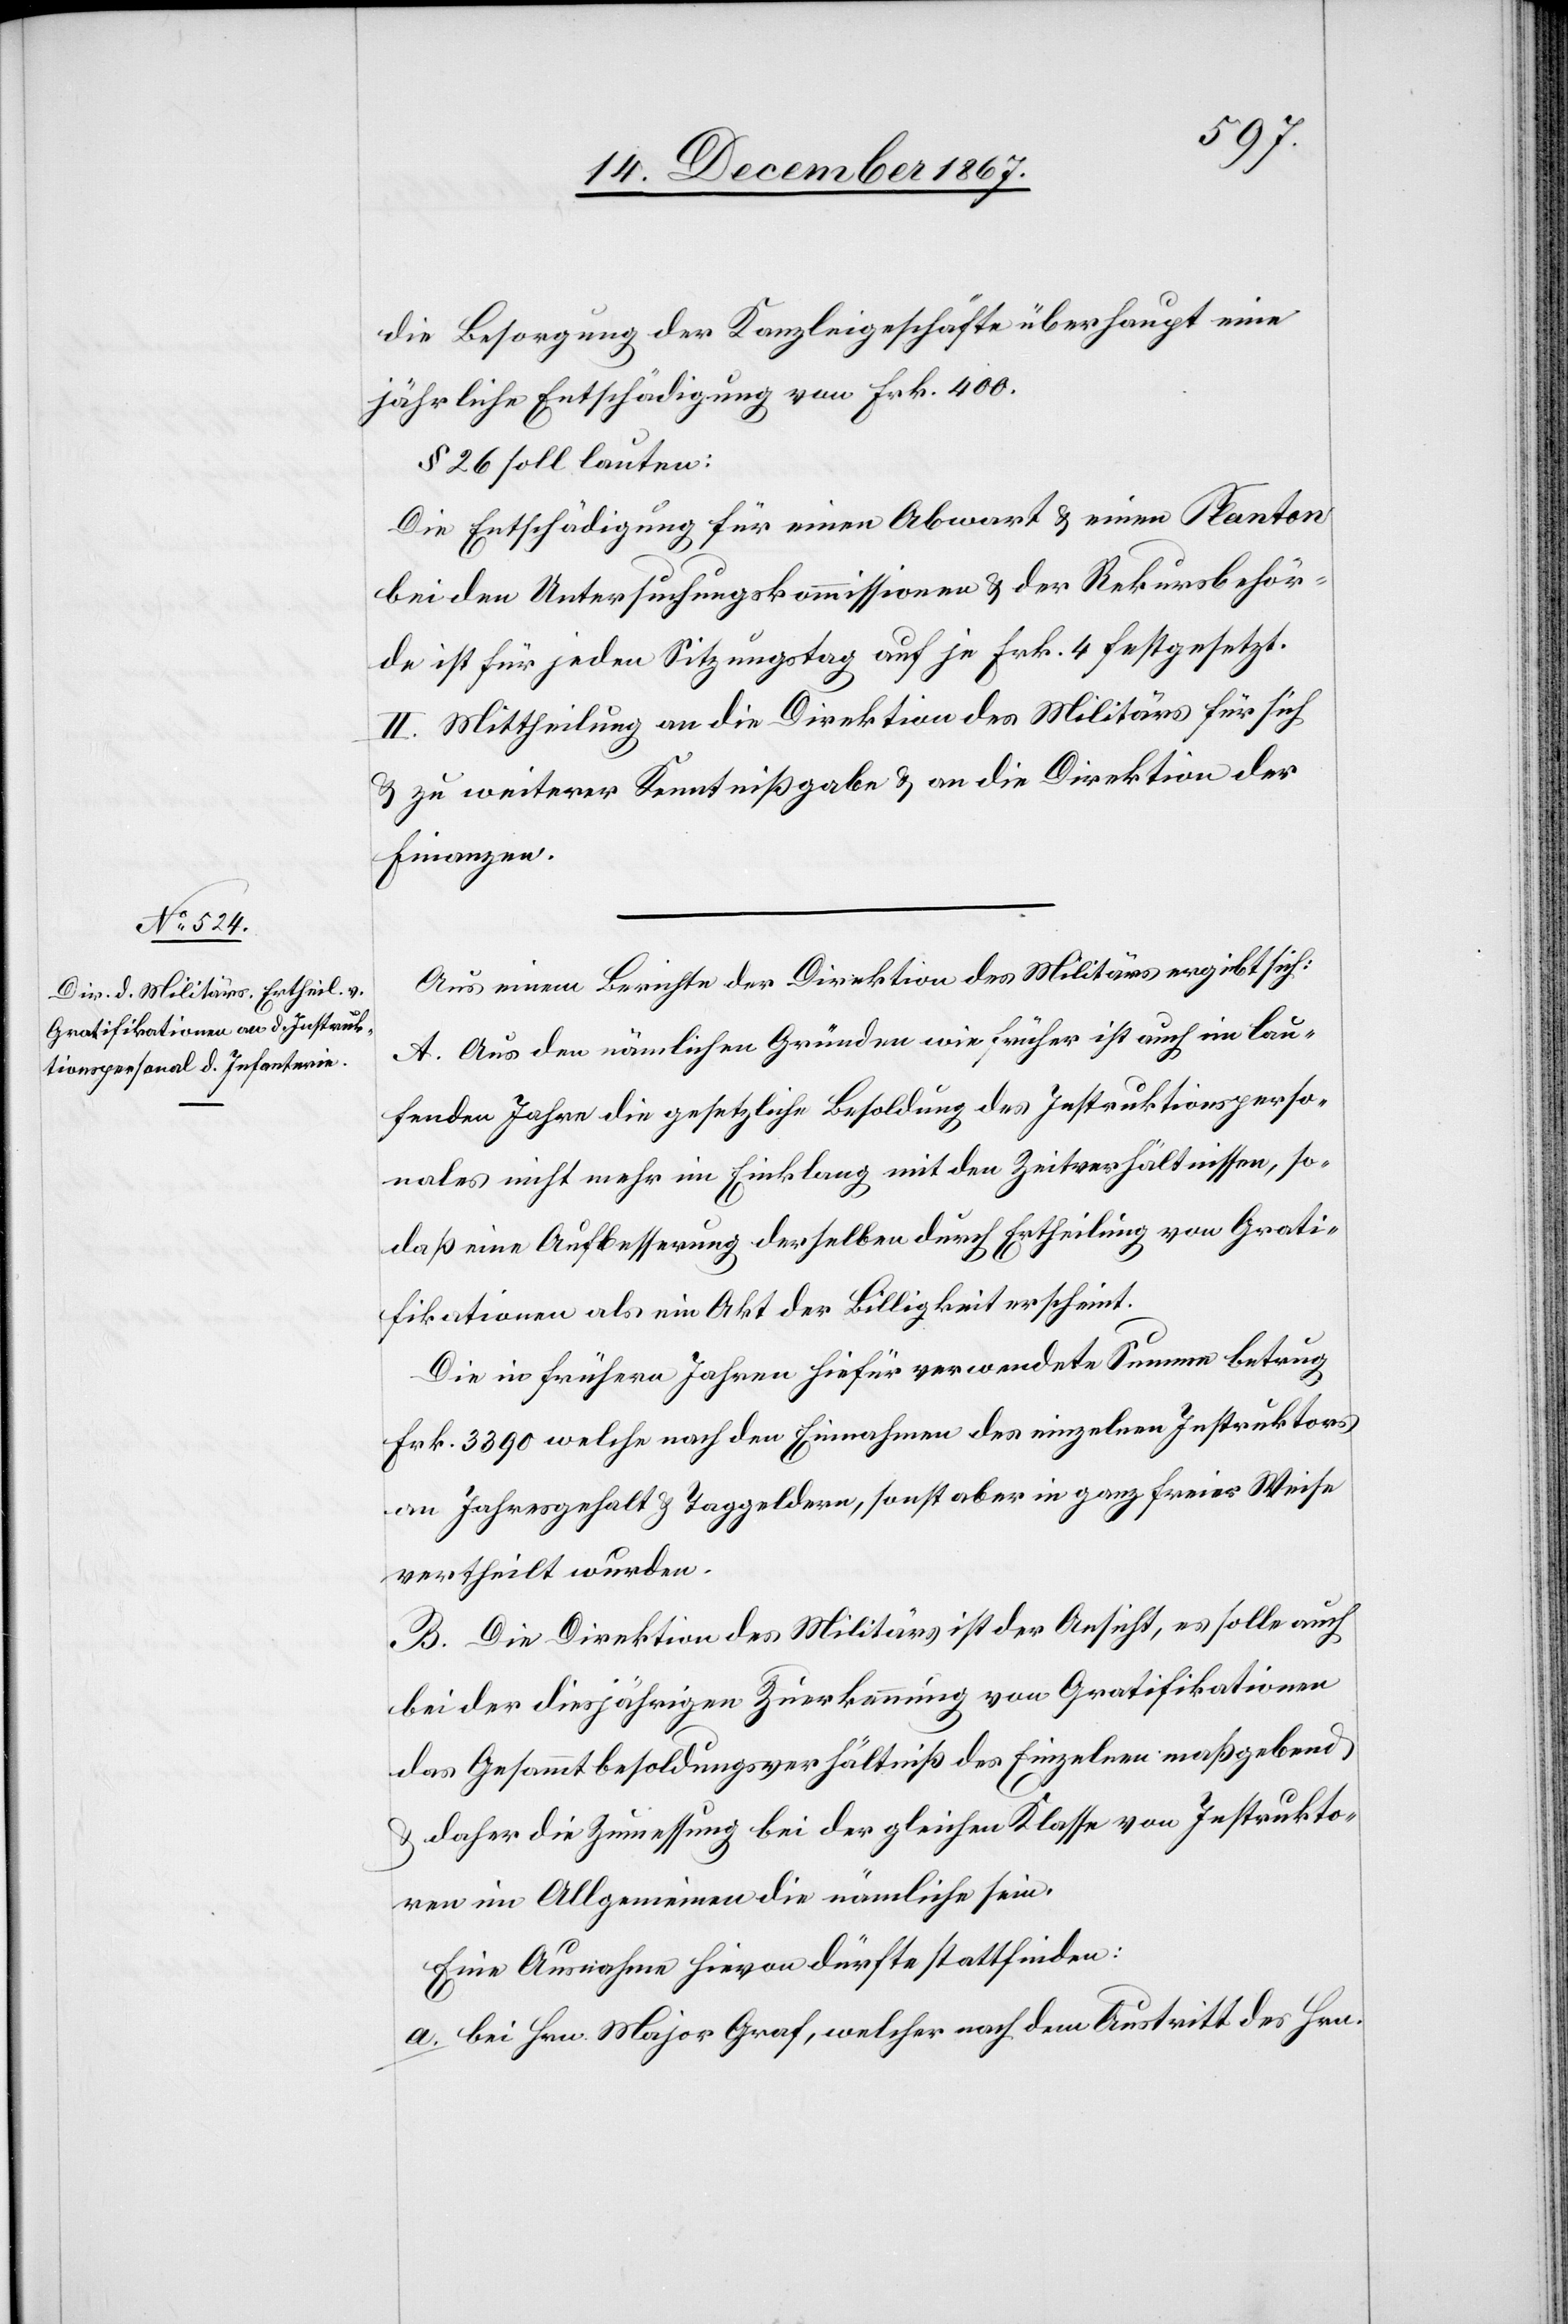
die Besorgung der Kanzleigeschäfte überhaupt eine
jährliche Entschädigung von Frk. 400.
§ 26 soll lauten:
Die Entschädigung für einen Abwart u. einen Planton
bei den Untersuchungskommissionen u. der Rekursbehör¬
de ist für jeden Sitzungstag auf je Frk. 4 festgesetzt.
II. Mittheilung an die Direktion des Militärs für sich
u. zu weiterer Kenntnißgabe u. an die Direktion der
Finanzen.
Aus einem Berichte der Direktion des Militärs ergibt sich:
A. Aus den nämlichen Gründen wie früher ist auch im lau¬
fenden Jahre die gesetzliche Besoldung des Instruktionsperso¬
nales nicht mehr im Einklang mit den Zeitverhältnissen, so¬
daß eine Aufbesserung derselben durch Ertheilung von Grati¬
fikationen als ein Akt der Billigkeit erscheint.
Die in frühern Jahren hiefür verwendete Summe betrug
Frk. 3390 welche nach den Einnahmen des einzelnen Instruktors
an Jahresgehalt u. Taggeldern, sonst aber in ganz freier Weise
vertheilt wurden.
B. Die Direktion des Militärs ist der Ansicht, es solle auch
bei der diesjährigen Zuerkennung von Gratifikationen
das Gesammtbesoldungsverhältniß des Einzelnen maßgebend
daher die Zumessung bei der gleichen Klasse von Instrukto¬
ren im Allgemeinen die nämliche sein.
Eine Ausnahme hievon dürfte stattfinden:
a. bei Hrn. Major Graf, welcher nach dem Austritt des Hrn.